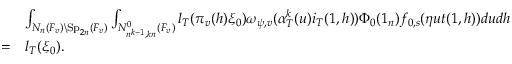
\begin{array} { r l } & { \int _ { N _ { n } ( F _ { v } ) \backslash \mathrm { S p } _ { 2 n } ( F _ { v } ) } \int _ { N _ { n ^ { k - 1 } , k n } ^ { 0 } ( F _ { v } ) } l _ { T } ( \pi _ { v } ( h ) \xi _ { 0 } ) \omega _ { \psi , v } ( \alpha _ { T } ^ { k } ( u ) i _ { T } ( 1 , h ) ) \Phi _ { 0 } ( 1 _ { n } ) f _ { 0 , s } ( \eta u t ( 1 , h ) ) d u d h } \\ { = } & { l _ { T } ( \xi _ { 0 } ) . } \end{array}